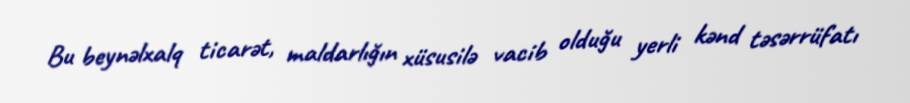
Bu beynəlxalq ticarət, maldarlığın xüsusilə vacib olduğu yerli kənd təsərrüfatı